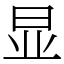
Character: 显